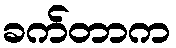
ခက်တာက